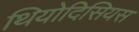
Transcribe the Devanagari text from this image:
थियोदिसियस